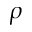
\rho